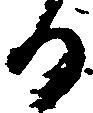
る